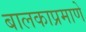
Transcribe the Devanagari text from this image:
बालकाप्रमाणे